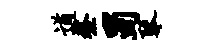
遒鳌蜀琴